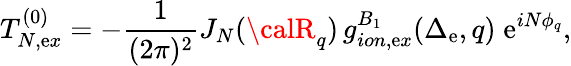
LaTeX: T_{N,\mathrm{e}x}^{(0)}=-\frac{{1}}{{(2\pi)^{2}}}J_{N}({\calR}_{q})\, g_{ion,\mathrm{e}x}^{B_{1}}(\Delta_{\mathrm{e}},q)\; \mathrm{e}^{iN\phi_{q}},